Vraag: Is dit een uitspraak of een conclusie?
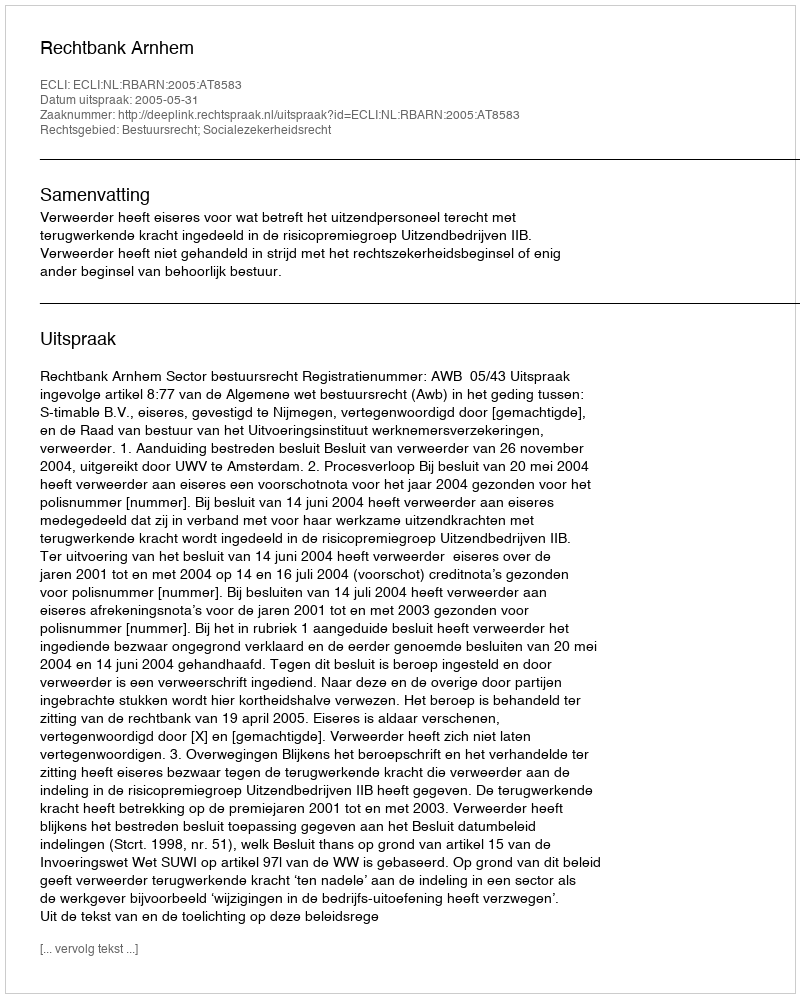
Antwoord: Uitspraak